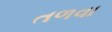
તળવા